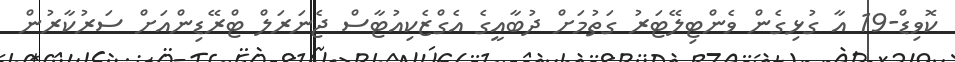
ކޮވިޑް-19 އާ ގުޅިގެން ވެންޓިލޭޓަރު ގަތުމަށް ދުބާއީގެ އެގްޒެކިއުޓާސް ޖެނަރަލް ޓްރޭޑިންއަށް ސަރުކާރުން